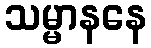
သမ္မာနနေ